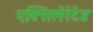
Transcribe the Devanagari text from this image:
एक्सिलेरेटेड